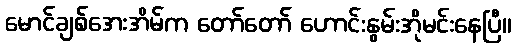
မောင်ချစ်အေးအိမ်က တော်တော် ဟောင်းနွမ်းအိုမင်းနေပြီ။